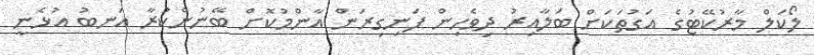
ލޯކަލް މާރުކޭޓުގެ އަގުތަކަށް ބަލާއިރު ދިވެހިން ފަނިގިރަން އާންމުކޮށް ބޭނުންކުރާ އަނބު އުޅެނީ